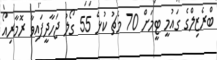
ބްރެޒިލްގެ ގައުމީ ޓީމަށް 70 މެޗު ކުޅެ 55 ގޯލު ޖަހާދީފައިވާ ރޮމާރިއޯ